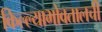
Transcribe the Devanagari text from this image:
किल्ल्याभोवतालची